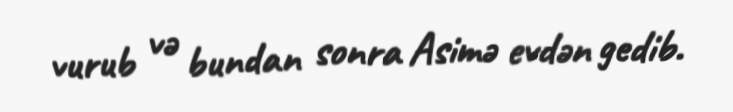
vurub və bundan sonra Asimə evdən gedib.